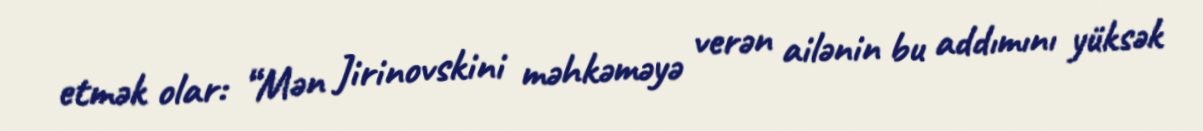
etmək olar: “Mən Jirinovskini məhkəməyə verən ailənin bu addımını yüksək